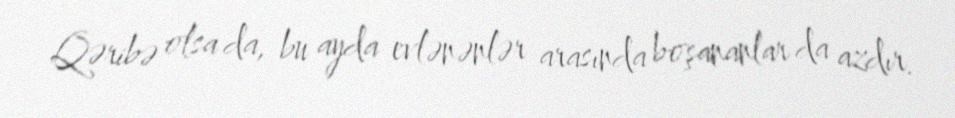
Qəribə olsa da, bu ayda evlənənlər arasında boşananlar da azdır.